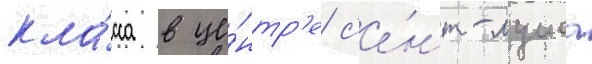
кла́сса в це́нтр'е с'е́нт-луиса